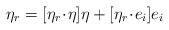
\begin{align*} \eta_r=[\eta_r \!\cdot\! \eta] \eta + [\eta_r \!\cdot\! e_i] e_i\end{align*}